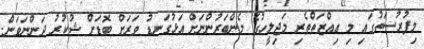
މިފުރުސަތުގައި މި ޢިއްޒަތްތެރި މަޖިލީހުގެ މެންބަރުންނަށް އަޅުގަނޑު ވަރަށް ބޮޑަށް ޝުކުރު ދަންނަވަން.